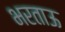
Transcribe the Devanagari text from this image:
भरताऊ